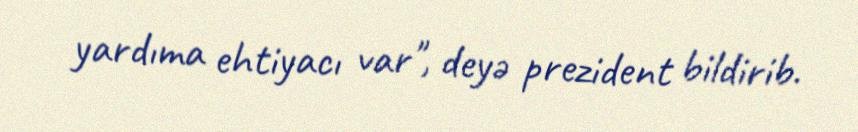
yardıma ehtiyacı var", deyə prezident bildirib.